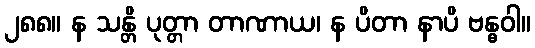
၂၈၈။ န သန္တိ ပုတ္တာ တာဏာယ၊ န ပိတာ နာပိ ဗန္ဓဝါ။